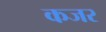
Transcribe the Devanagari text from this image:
कजर